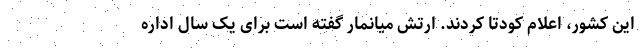
این کشور، اعلام کودتا کردند. ارتش میانمار گفته است برای یک سال اداره